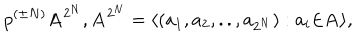
LaTeX: p ^ { ( \pm N ) } { \bf A } ^ { 2 ^ { N } } , { \bf A } ^ { 2 ^ { N } } = \langle ( a _ { 1 } , a _ { 2 } , . . , a _ { 2 ^ { N } } ) : a _ { i } { \in } { \bf A } \rangle ,